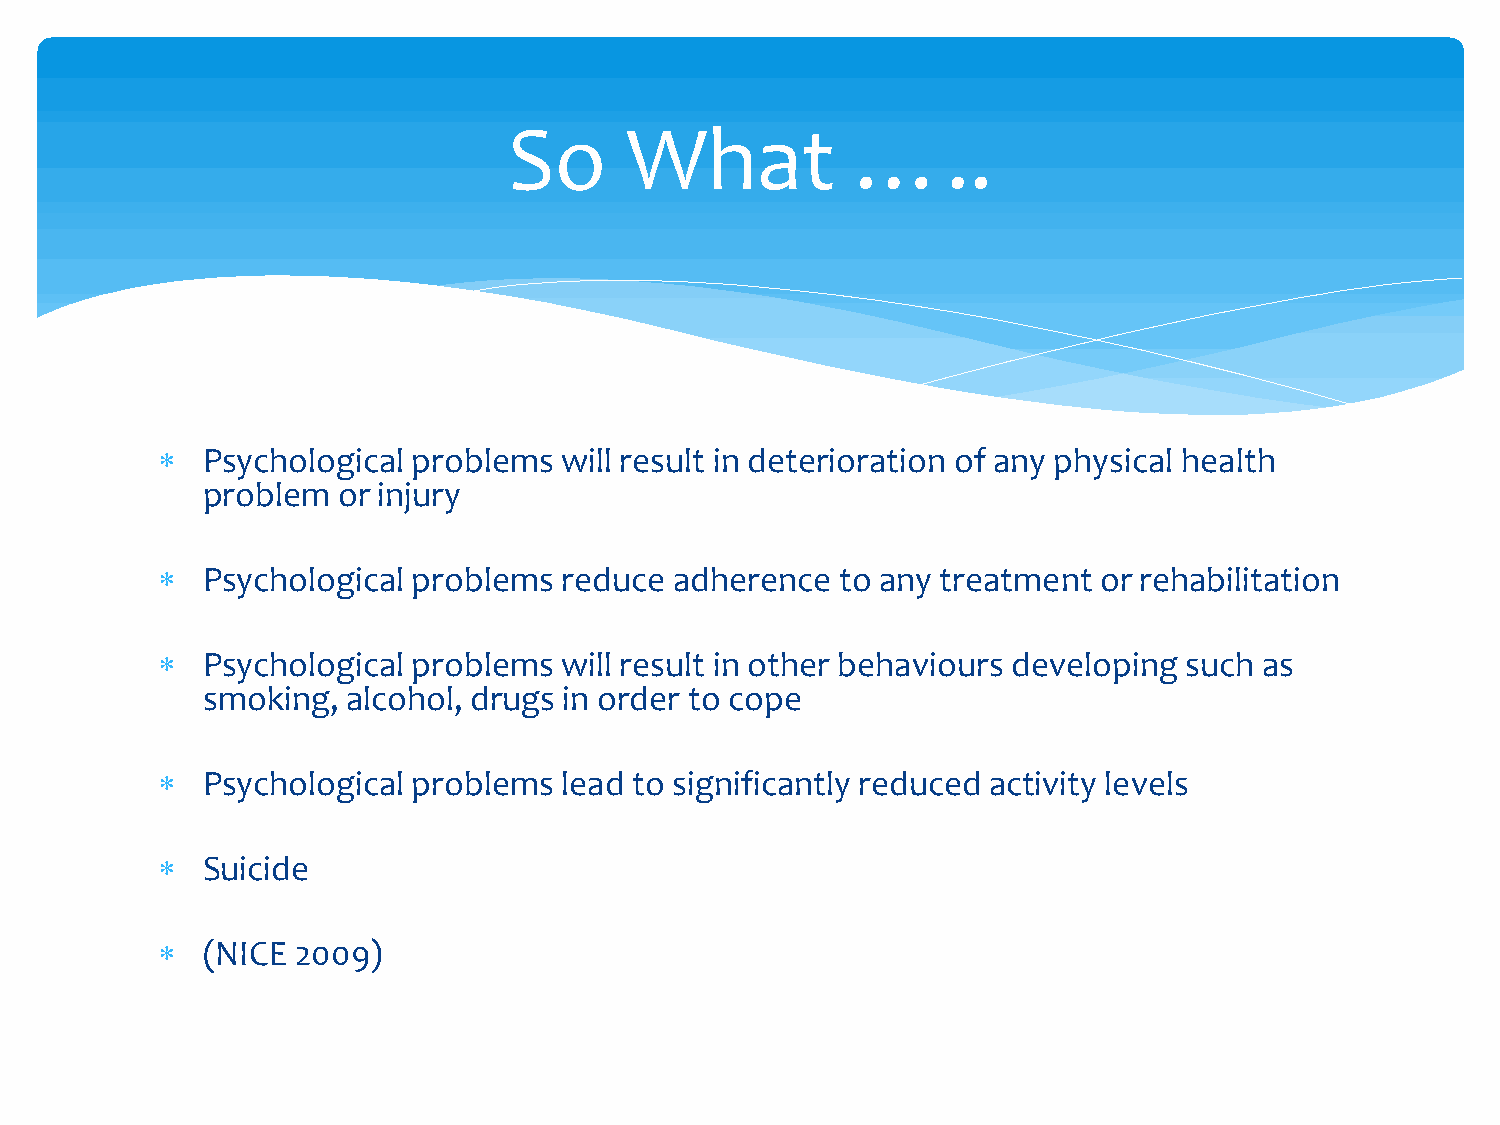
So     What            …..
   Psychological problems  will result in deterioration of any physical health
 problem  or injury
   Psychological problems  reduce  adherence  to any treatment or rehabilitation
   Psychological problems  will result in other behaviours developing such as
 smoking,  alcohol, drugs in order to cope
   Psychological problems  lead to significantly reduced activity levels
   Suicide
   (NICE  2009)